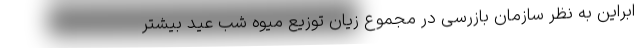
ابراین به نظر سازمان بازرسی در مجموع زیان توزیع میوه شب عید بیشتر